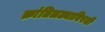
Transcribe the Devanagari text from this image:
क्रांतिलढ्याविषयी